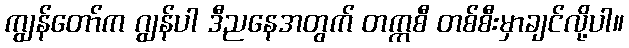
ကျွန်တော်က ဂျွန်ပါ ဒီညနေအတွက် တက္ကစီ တစ်စီးမှာချင်လို့ပါ။